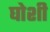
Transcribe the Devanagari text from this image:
घोशी